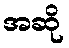
အဆို